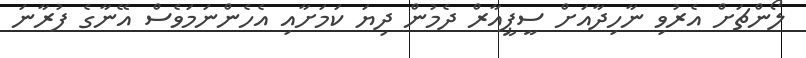
ލޯންޗަށް އެރުވި ނާހިދާއަށް ސީޕީއާރް ދެމުން ދިޔަ ކަމަށާއި އެހެންނަމަވެސް އޭނާގެ ފުރާނަ